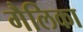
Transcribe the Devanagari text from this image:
गैलिका